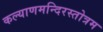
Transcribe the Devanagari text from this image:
कल्याणमन्दिरस्तोत्रम